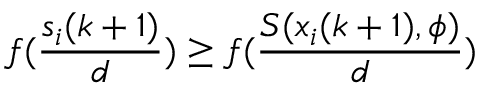
f ( \frac { s _ { i } ( k + 1 ) } { d } ) \geq f ( \frac { S ( x _ { i } ( k + 1 ) , \phi ) } { d } )